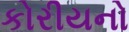
કોરીયનો